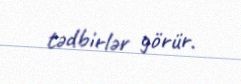
tədbirlər görür.